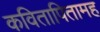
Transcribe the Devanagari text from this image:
कवितापितामह